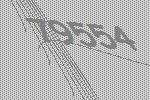
79554